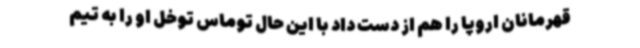
قهرمانان اروپا را هم از دست داد با این حال توماس توخل او را به تیم